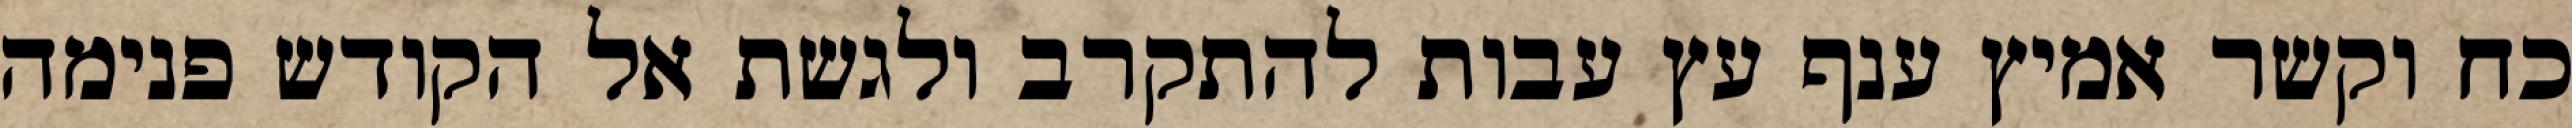
כח וקשר אמיץ ענף עץ עבות להתקרב ולגשת אל הקודש פנימה